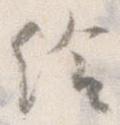
給